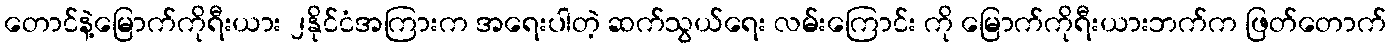
တောင်နဲ့မြောက်ကိုရီးယား ၂နိုင်ငံအကြားက အရေးပါတဲ့ ဆက်သွယ်ရေး လမ်းကြောင်း ကို မြောက်ကိုရီးယားဘက်က ဖြတ်တောက်